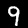
Digit: 9